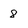
Character: 8